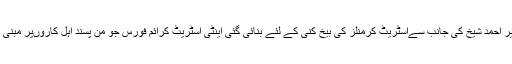
کراچی پولیس کے سابق چیف ڈاکٹر امیر احمد شیخ کی جانب سےاسٹریٹ کرمنلز کی بیخ کنی کے لئے بنائی گئی اینٹی اسٹریٹ کرائم فورس جو من پسند اہل کاروںپر مبنی ہے،نااہل اور مکمل طور پر ناکام ہے۔